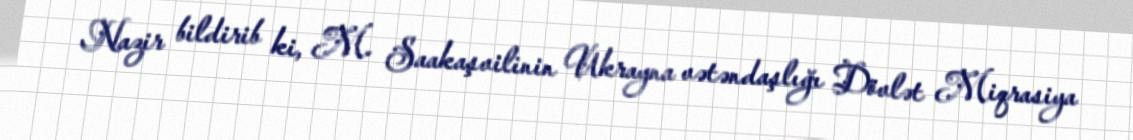
Nazir bildirib ki, M. Saakaşvilinin Ukrayna vətəndaşlığı Dövlət Miqrasiya